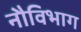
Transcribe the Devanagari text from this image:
नौविभाग